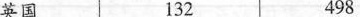
英国 132 498